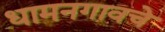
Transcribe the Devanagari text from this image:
धामनगावचे